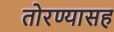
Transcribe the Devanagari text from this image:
तोरण्यासह